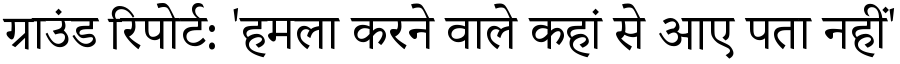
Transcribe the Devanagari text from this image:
ग्राउंड रिपोर्ट: 'हमला करने वाले कहां से आए पता नहीं'